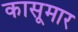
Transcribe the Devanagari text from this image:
कासूमार